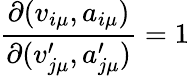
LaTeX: \frac{\partial(v_{i\mu},a_{i\mu})}{\partial(v_{j\mu}^{\prime},a_{j\mu}^{\prime})}=1